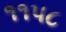
૧૧પ૮